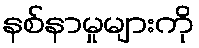
နစ်နာမှုများကို